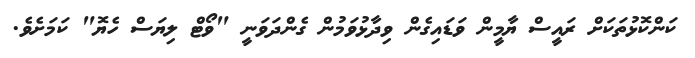
ކަންކޮޅުތަކަށް ރައީސް ޔާމީން ވަޑައިގެން ވިދާޅުވަމުން ގެންދަވަނީ "ވޯޓް ލިޔަސް ހެޔޮ" ކަމަށެވެ.